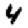
Digit: 4